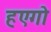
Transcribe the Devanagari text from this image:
हएगो